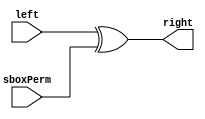
`timescale 1ns / 1ps
//////////////////////////////////////////////////////////////////////////////////
// Company: 
// Engineer: 
// 
// Design Name: 
// Module Name:    xor2 
// Project Name: 
// Target Devices: 
// Tool versions: 
// Description: 
//
// Dependencies: 
//
// Revision: 
// Revision 0.01 - File Created
// Additional Comments: 
//
//////////////////////////////////////////////////////////////////////////////////
module xor2(
    left,
     sboxPerm,
     right
    );
    input [32:1] left;
    input [32:1] sboxPerm;
    output reg [32:1] right;
	 
	 always @ (left or sboxPerm)
	    begin 
		          right<= left ^ sboxPerm;
		 
		 
		 end

endmodule